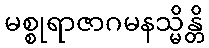
မစ္စုရာဇာဂမနသ္မိန္တိ